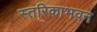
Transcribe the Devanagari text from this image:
स्तरिकाभवन